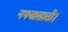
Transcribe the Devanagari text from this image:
नफ्यासाठी।